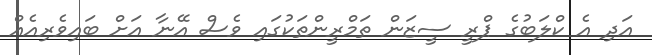
އަދި އެ ކްލަބުގެ ޕްރީ ސީޒަން ތަމްރީންތަކުގައި ވެސް އޭނާ އަށް ބައިވެރިއެއް